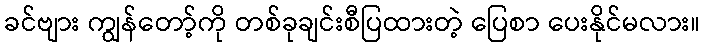
ခင်ဗျား ကျွန်တော့်ကို တစ်ခုချင်းစီပြထားတဲ့ ပြေစာ ပေးနိုင်မလား။